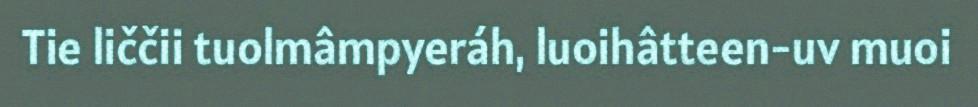
Tie liččii tuolmâmpyeráh, luoihâtteen-uv muoi